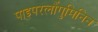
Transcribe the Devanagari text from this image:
पाइपरलौंगुमिनिन